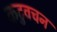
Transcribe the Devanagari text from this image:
कटुवचन